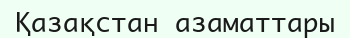
Қазақстан азаматтары